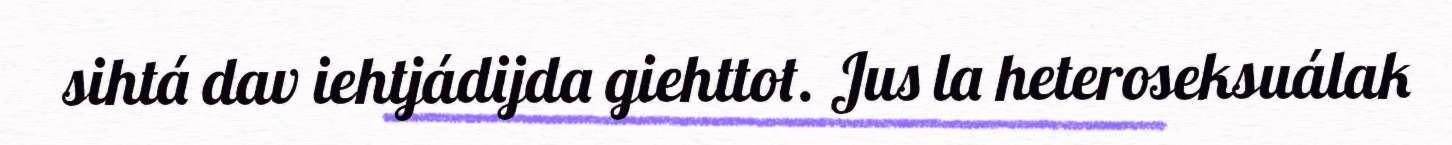
sihtá dav iehtjádijda giehttot. Jus la heteroseksuálak